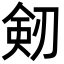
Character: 剱